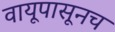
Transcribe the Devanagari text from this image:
वायूपासूनच